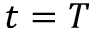
t = T